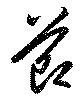
節